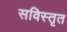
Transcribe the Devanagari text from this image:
सविस्तृत